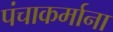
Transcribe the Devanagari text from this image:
पंचाकर्माना